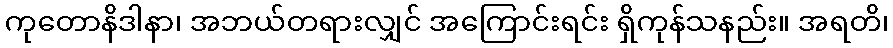
ကုတောနိဒါနာ၊ အဘယ်တရားလျှင် အကြောင်းရင်း ရှိကုန်သနည်း။ အရတိ၊